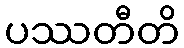
ပဿတီတိ